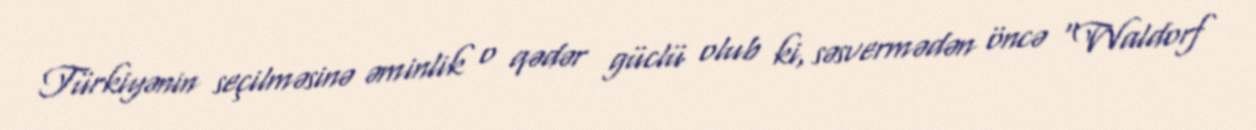
Türkiyənin seçilməsinə əminlik o qədər güclü olub ki, səsvermədən öncə “Waldorf